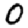
Digit: 0